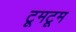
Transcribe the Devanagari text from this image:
टूमटूम